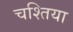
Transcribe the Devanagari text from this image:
चश्तिया